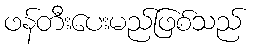
ဖန်တီးပေးမည်ဖြစ်သည်